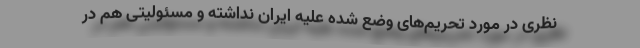
نظری در مورد تحریم‌های وضع شده علیه ایران نداشته و مسئولیتی هم در